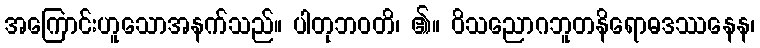
အကြောင်းဟူသောအနက်သည်။ ပါတုဘဝတိ၊ ၏။ ဝိသညောဂဘူတနိရောဓဒဿနေန၊